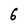
Character: 6